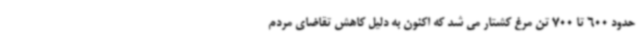
حدود 600 تا 700 تن مرغ کشتار می شد که اکنون به دلیل کاهش تقاضای مردم